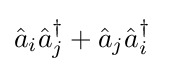
{\hat {a}}_{i}{\hat {a}}_{j}^{\dagger }+{\hat {a}}_{j}{\hat {a}}_{i}^{\dagger }~~